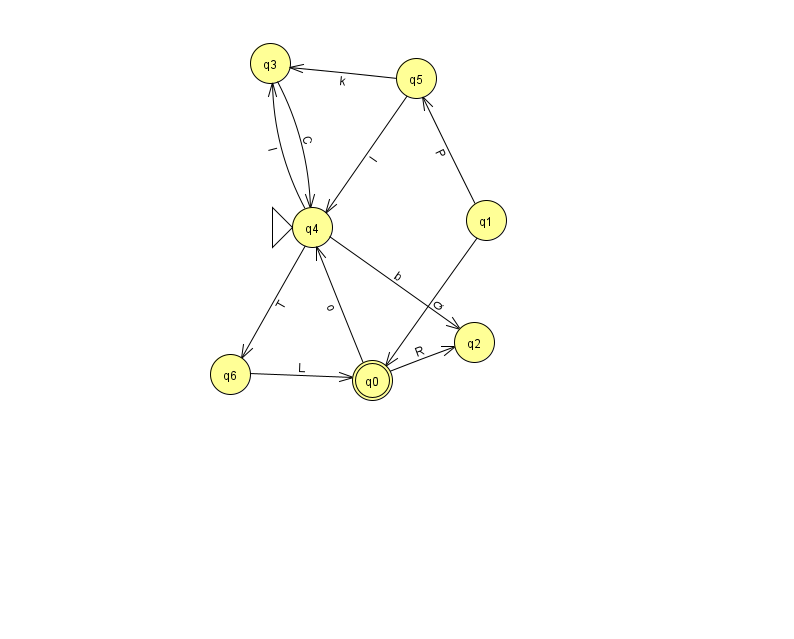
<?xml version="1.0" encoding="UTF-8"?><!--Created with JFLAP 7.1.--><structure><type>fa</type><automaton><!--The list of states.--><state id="0" name="q0"><x>372.0</x><y>367.0</y><final/></state><state id="1" name="q1"><x>486.0</x><y>207.0</y></state><state id="2" name="q2"><x>474.0</x><y>329.0</y></state><state id="3" name="q3"><x>270.0</x><y>50.0</y></state><state id="4" name="q4"><x>312.0</x><y>214.0</y><initial/></state><state id="5" name="q5"><x>416.0</x><y>65.0</y></state><state id="6" name="q6"><x>230.0</x><y>361.0</y></state><!--The list of transitions.--><transition><from>3</from><to>4</to><read>C</read></transition><transition><from>4</from><to>2</to><read>b</read></transition><transition><from>4</from><to>6</to><read>T</read></transition><transition><from>6</from><to>0</to><read>L</read></transition><transition><from>1</from><to>5</to><read>P</read></transition><transition><from>0</from><to>4</to><read>o</read></transition><transition><from>0</from><to>2</to><read>R</read></transition><transition><from>5</from><to>4</to><read>l</read></transition><transition><from>1</from><to>0</to><read>Q</read></transition><transition><from>5</from><to>3</to><read>k</read></transition><transition><from>4</from><to>3</to><read>l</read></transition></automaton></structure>